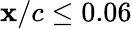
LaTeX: \mathbf{x}/c\leq0.06